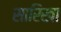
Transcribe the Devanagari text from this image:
सारिखा